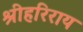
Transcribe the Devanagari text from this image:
श्रीहरिराय